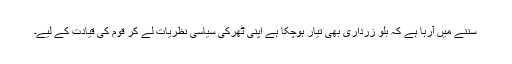
سننے میں آرہا ہے کہ بلو زرداری بھی تیار ہوچکا ہے اپنی ٹھرکی سیاسی نظریات لے کر قوم کی قیادت کے لیے۔